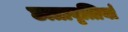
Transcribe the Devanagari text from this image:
छात्रावृत्तियां